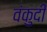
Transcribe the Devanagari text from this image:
वंकुदी